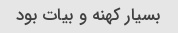
بسیار کهنه و بیات بود